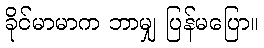
ခိုင်မာမာက ဘာမျှ ပြန်မပြော။